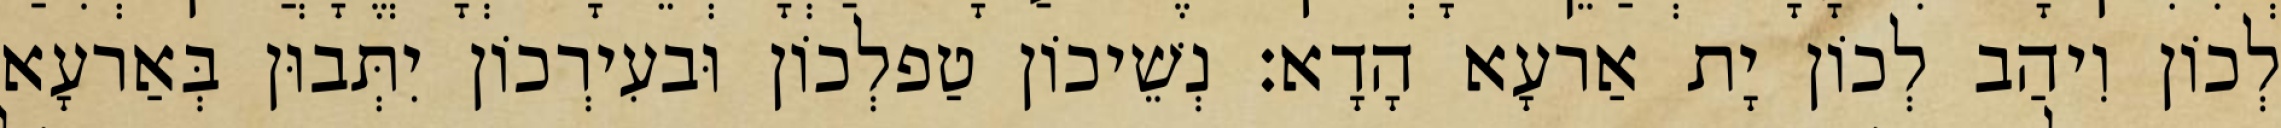
לְכוֹן וִיהַב לְכוֹן יָת אַרעָא הָדָא׃ נְשֵׁיכוֹן טַפלְכוֹן וּבעִירְכוֹן יִתְּבוּן בְּאַרעָא